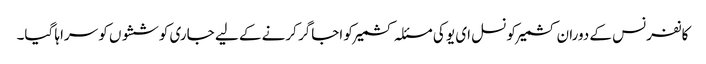
کانفرنس کے دوران کشمیرکونسل ای یو کی مسئلہ کشمیر کو اجاگر کرنے کے لیے جاری کوششوں کو سراہا گیا۔